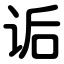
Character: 诟